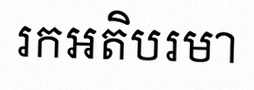
រកអតិបរមា